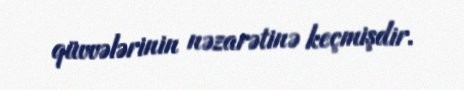
qüvvələrinin nəzarətinə keçmişdir.